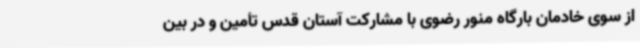
از سوی خادمان بارگاه منور رضوی با مشارکت آستان قدس تأمین و در بین